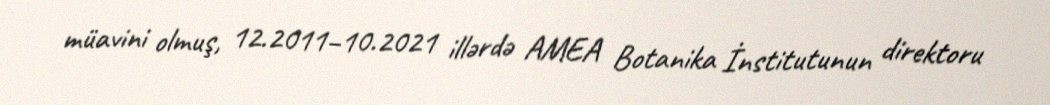
müavini olmuş, 12.2011–10.2021 illərdə AMEA Botanika İnstitutunun direktoru